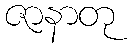
ဇာနာတု